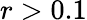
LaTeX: r>0.1